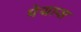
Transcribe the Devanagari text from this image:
पेयास